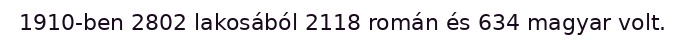
1910-ben 2802 lakosából 2118 román és 634 magyar volt.